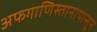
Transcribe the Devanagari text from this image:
अफगाणिस्तानापासून